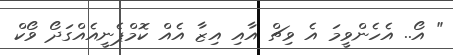
" އޯ.. އެހެންވީމަ އެ ވިޗް އާއި އިޒާ އެއް ކޮމްޕެނީއެއްގަދޯ ވޯކް